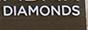
diamonds